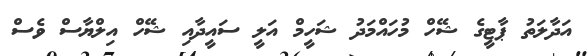
އަދާލަތު ޕާޓީގެ ޝޭހް މުހައްމަދު ޝަހީމް އަލީ ސައީދާއި ޝޭހް އިލްޔާސް ވެސް